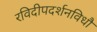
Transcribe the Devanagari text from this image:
रविदीपदर्शनविधौ